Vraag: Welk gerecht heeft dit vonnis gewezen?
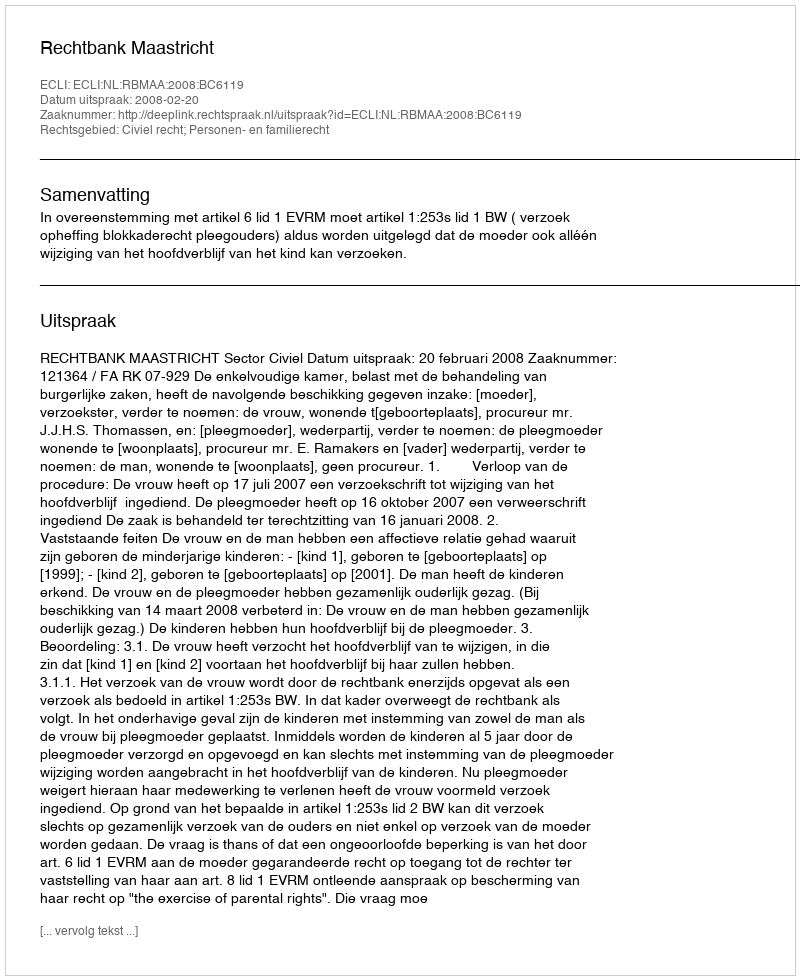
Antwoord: Rechtbank Maastricht